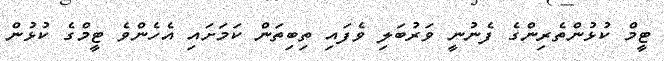
ޓީމް ކުޅުންތެރިންގެ ފެނުނީ ވަރުބަލި ވެފައި ތިބިތަން ކަމަށައި އެހެންވެ ޓީމްގެ ކުޅުން